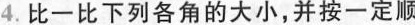
4.比一比下列各角的大小，并按一定顺